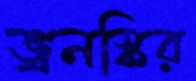
ভ্রনস্কির